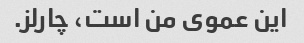
این عموی من است، چارلز.